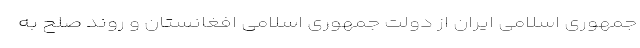
جمهوری اسلامی ایران از دولت جمهوری اسلامی افغانستان و روند صلح به